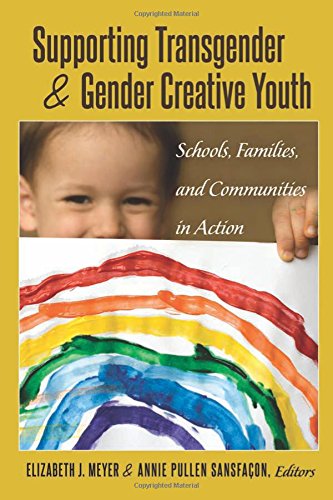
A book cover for Supporting Transgender and Gender Creative Youth: Schools, Families, and Communities in Action (Gender and Sexualities in Education); Gay & Lesbian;